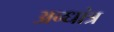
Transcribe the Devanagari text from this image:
अन्धांत्र